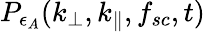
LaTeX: P_{\epsilon_{A}}(k_{\perp},k_{\parallel},f_{sc},t)